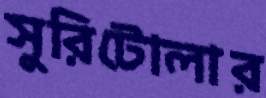
সুরিটোলার